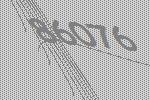
86076